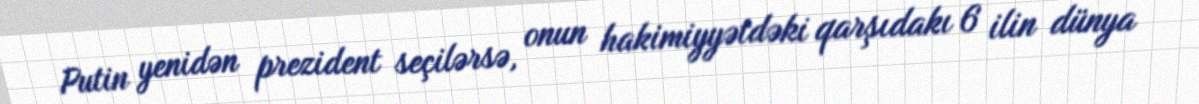
Putin yenidən prezident seçilərsə, onun hakimiyyətdəki qarşıdakı 6 ilin dünya